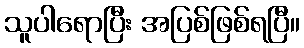
သူပါရောပြီး အပြစ်ဖြစ်ရပြီ။